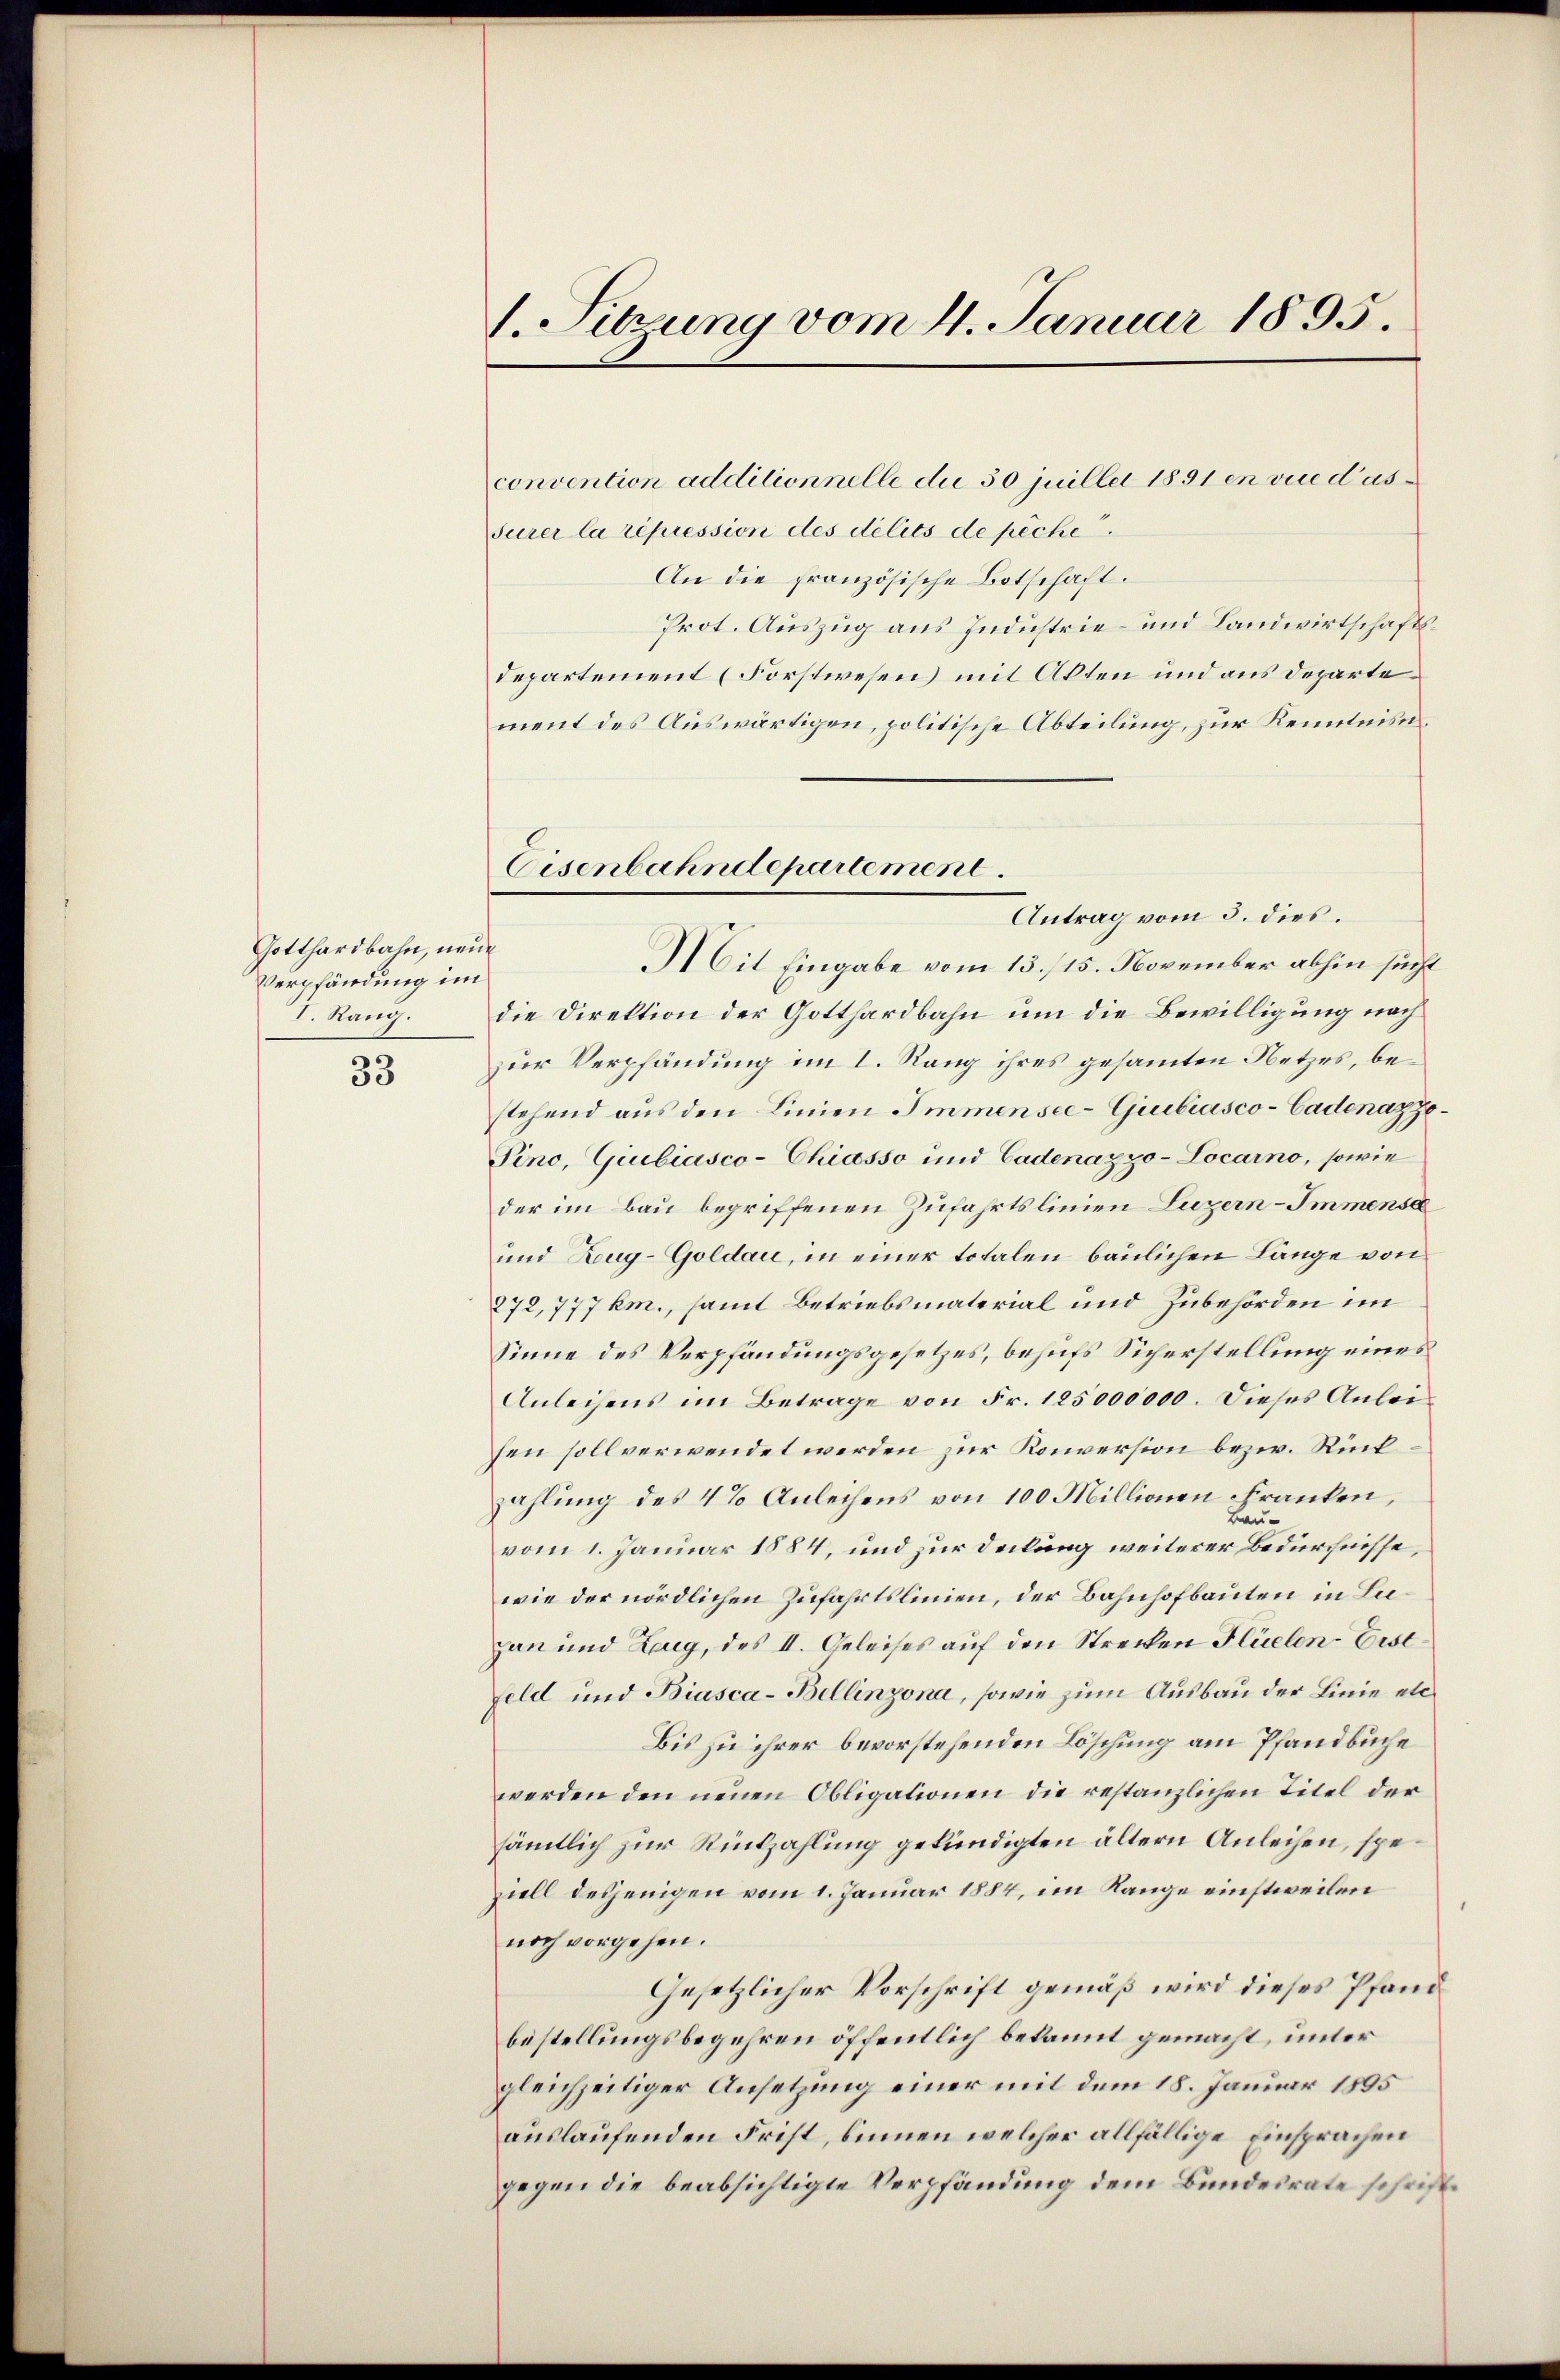
Gotthardbahn, neue
Verpfändung im
I. Rang.
33

1. Sitzung vom 4. Januar 1895.

convention additionnelle die 30 juiller 1891 en vie das
surer la repression des délits de piche
An die französische Botschaft.
Prot. Auszug aus Industrie- und Landwirtschaftsdepartement (Forstwesen) mit Akten und aus departe
ment des Auswärtigen, politische Abteilung, zur Kenntnis¬
Antrag vom 3. dies.
die Direktion der Gotthardbahn um die Bewilligung nach
zur Verpfändung im I. Rang ihres gesammten Netzes, bestehend aus den Linien Immensce-Giubiasco-Cadenazzo¬
Pino, Giubiasco-Chiasso und Cadenazzo-Locarno, sowie
der im Bau begriffenen Zufahrtslinien Luzern–Immense
und Zug-Goldau, in einer totalen baulichen Länge von
272, 777 km., samt Betriebsmaterial und Zubehörden im
Sinne des Verpfändungsgesetzes, behufs Sicherstellung eines
Anleihens im Betrage von Fr. 125000000. Dieses Anleisen soll verwendet werden zur Konversion bezw. Rückzahlung des 4% Anleihens von 100 Millionen Franken,
Bau-
vom 1. Januar 1884, und zur Teilung weiterer Bedürfnisse,
wie der nördlichen Zufahrtslinien, der Bahnhofbauten in Lupan und Zug, des II. Geleises auf den Strecken Flüelen-Eist¬
Feld und Biasca-Bellinzona, sowie zum Ausbau der Linie etc
Bis zu ihrer bevorstehenden Löschung am Pfandbuche
werden den neuen Obligationen die restanzlichen Titel der
sämtlich zur Rückzahlung gekündigten ältern Anleihen, speziell desjenigen vom 1. Januar 1884, im Range einstweilen
noch vorgehen.
Gesetzlicher Vorschrift gemäß wird dieses Pfand
bestellungsbegehren öffentlich bekannt gemacht, unter
gleichzeitiger Ansetzung einer mit dem 18. Januar 1805
auslaufenden Frist, binnen welcher allfällige Einsprachen
gegen die beabsichtigte Verpfändung dem Bundesrate schrift¬

Eisenbahndepartement.
Hit Eingabe vom 13./15. November abhin sucht